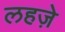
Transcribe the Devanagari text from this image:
लहजे़